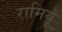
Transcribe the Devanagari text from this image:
रामियू